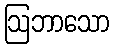
ဩဘာသော